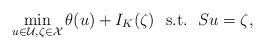
LaTeX: \begin{align*}\min\limits_{u\in \mathcal{U}, \zeta\in \mathcal{X}}\theta(u) + I_K(\zeta)\ \ \mbox{s.t.}\ \ Su = \zeta,\end{align*}